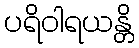
ပရိဝါရယန္တိ